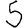
Digit: 5